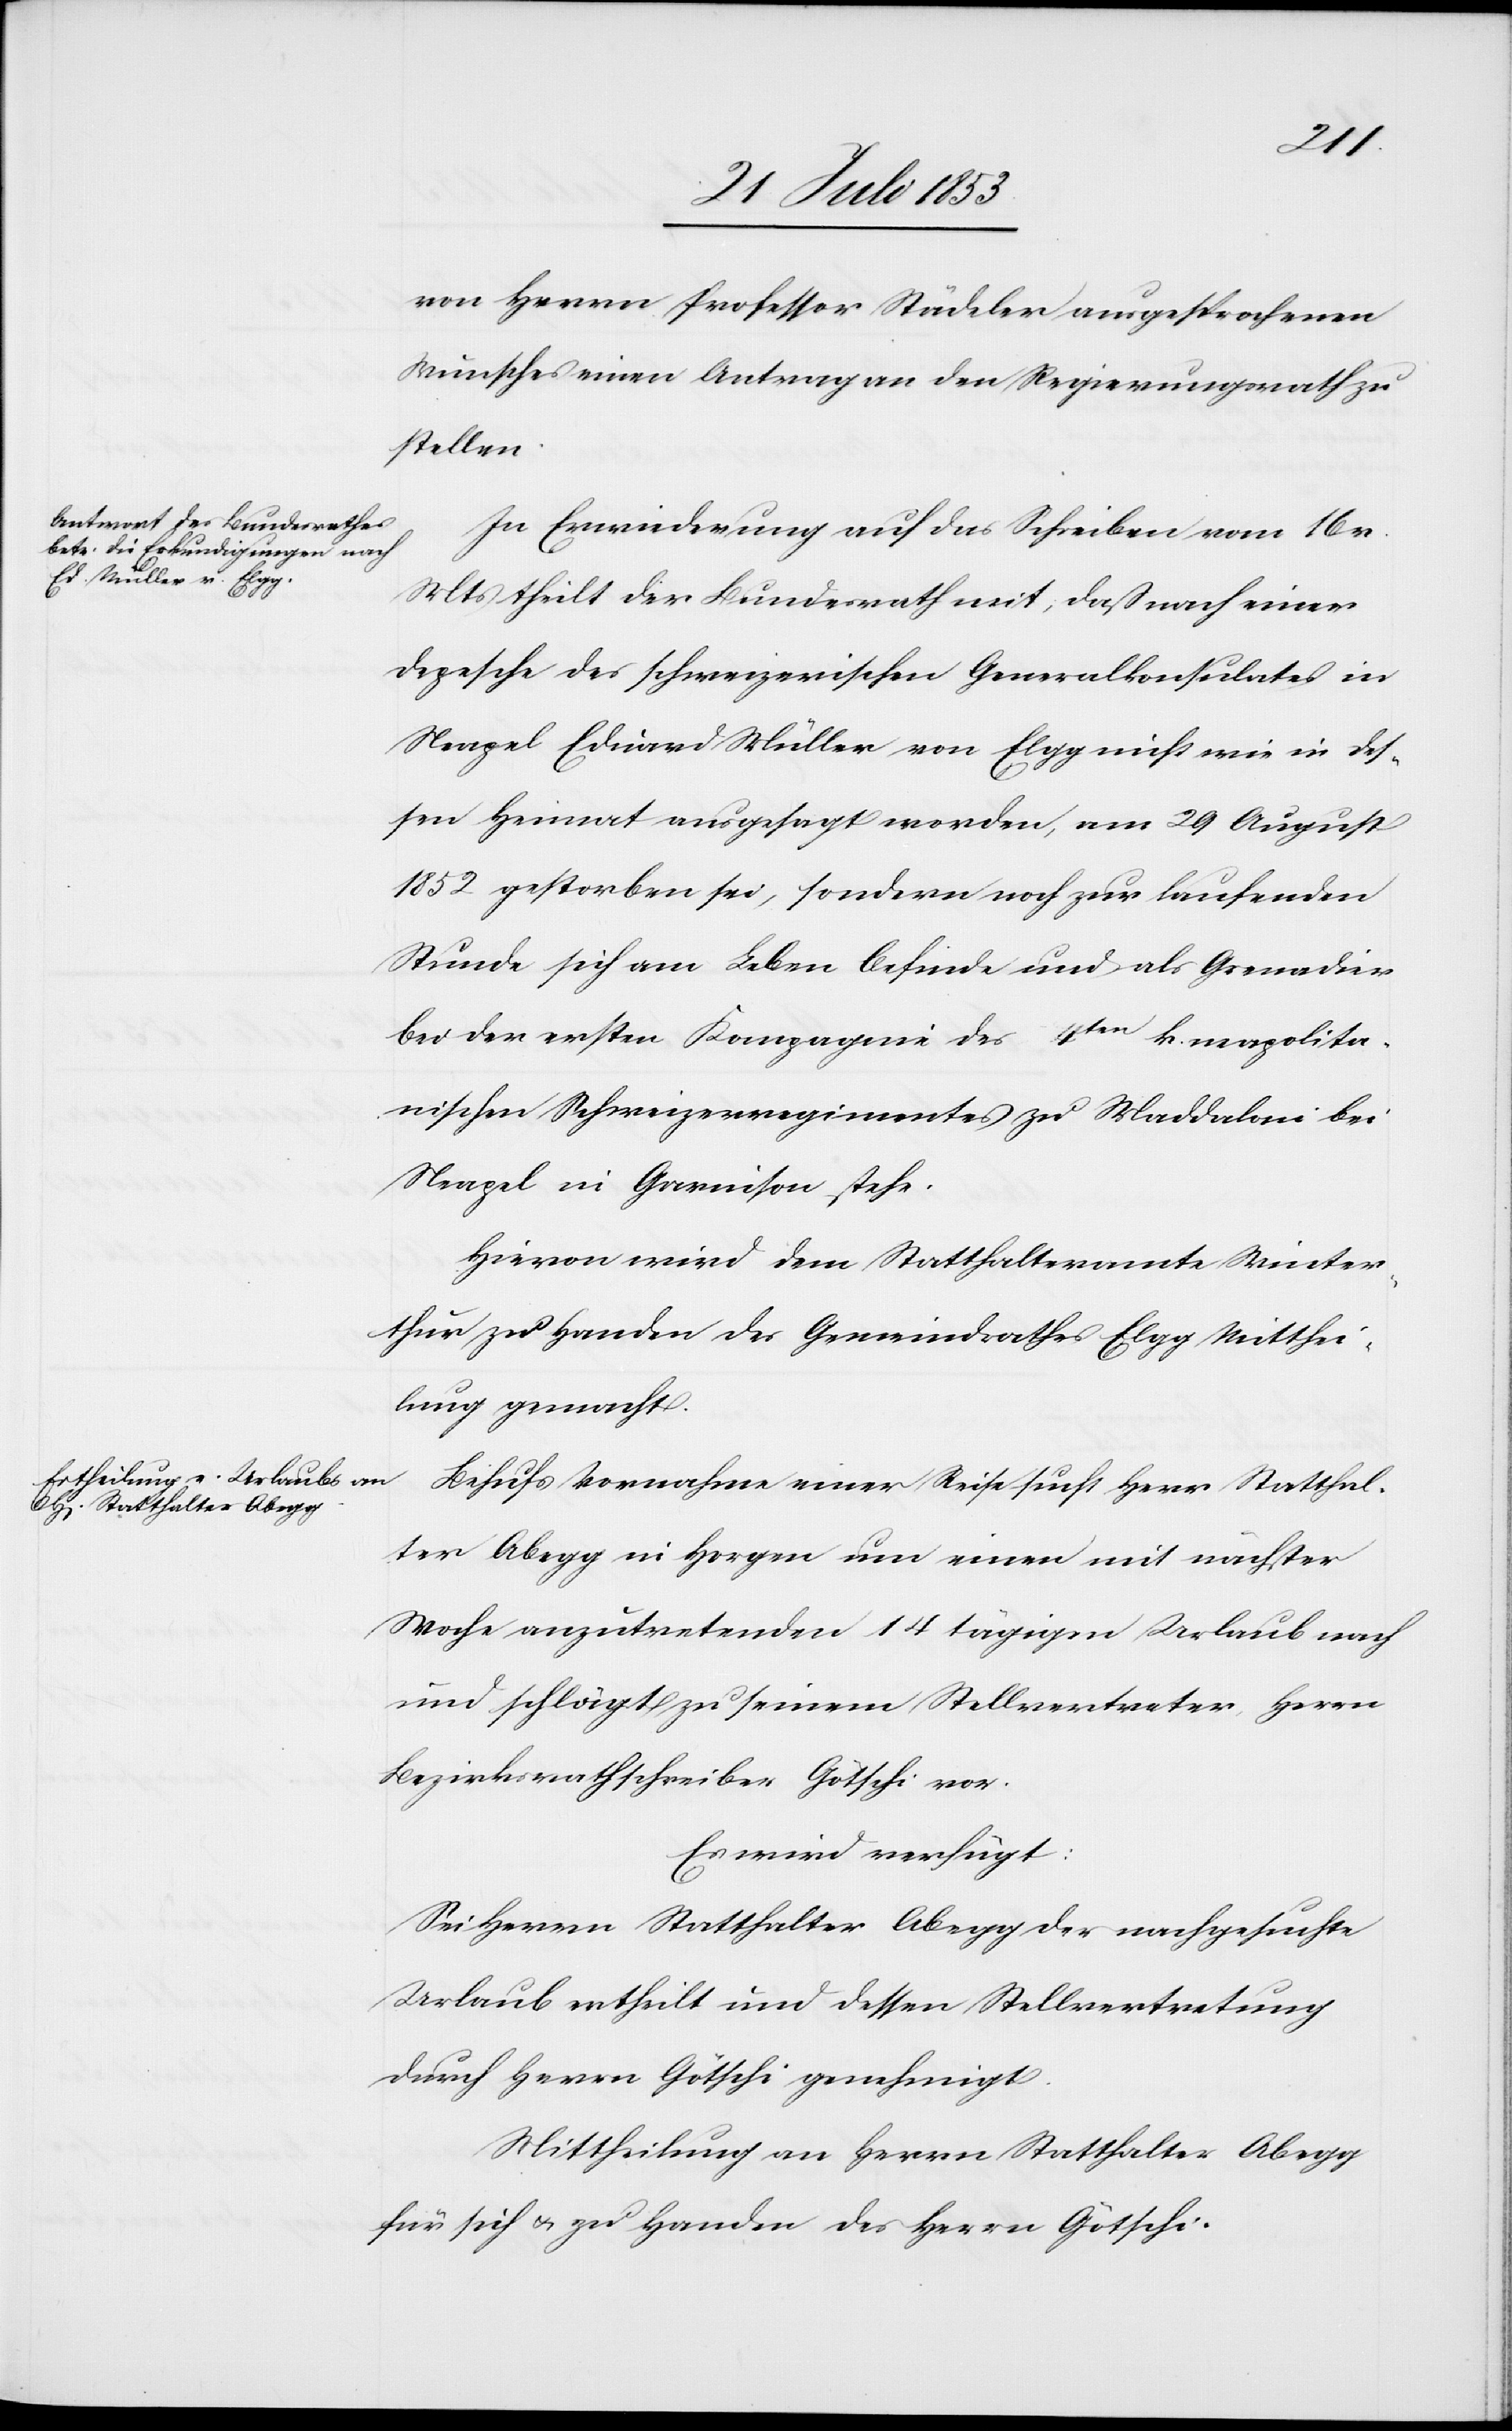
den
von Herrn Professor Städeler ausgesprochenen
Wunsches einen Antrag an den Regierungsrath zu
stellen.
In Erwiederung auf das Schreiben vom 16 v.
Mts. theilt der Bundesrath mit, daß nach einer
Depesche des schweizerischen Generalkonsulates in
Neapel Eduard Müller von Elgg nicht wie in des¬
sen Heimat ausgesagt worden, am 29 August
1852 gestorben sei, sondern noch zur laufenden
Stunde sich am Leben befinde und als Grenadier
bei der ersten Kompagnie des 4ten k. neapolita¬
nischen Schweizerregimentes zu Maddaloni bei
Neapel in Garnison stehe.
Hievon wird dem Statthalteramte Winter¬
thur zu Handen des Gemeindrathes Elgg Mitthei¬
lung gemacht.
Behufs Vornahme einer Reise sucht Herr Statthal¬
ter Abegg in Horgen um einen mit nächster
Woche anzutretenden 14 tägigen Urlaub nach
und schlägt zu seinem Stellvertreter Herrn
Bezirksrathschreiber Götschi vor.
Es wird verfügt:
Sei Herrn Statthalter Abegg der nachgesuchte
Urlaub ertheilt und dessen Stellvertretung
durch Herrn Götschi genehmigt.
Mittheilung an Herrn Statthalter Abegg
für sich u. zu Handen des Herrn Götschi.